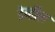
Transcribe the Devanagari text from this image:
डेव्हील